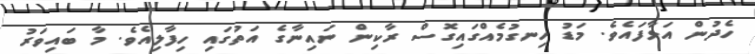
ހެދުން އަޅާފައެވެ. މަޑު ހިނގުމެއްގައިގޮސް ރާކިން ނައިނާގެ އަތުގައި ހިފާލިއެވެ. މާ ބައިވަރު